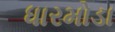
ધારમોડા